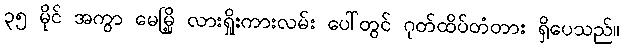
၃၅ မိုင် အကွာ မေမြို့ လားရှိုးကားလမ်း ပေါ်တွင် ဂုတ်ထိပ်တံတား ရှိပေသည်။